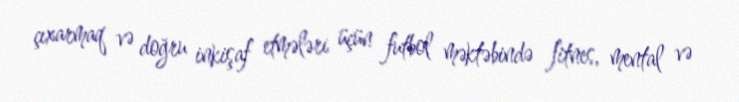
çıxarmaq və doğru inkişaf etmələri üçün futbol məktəbində fitnes, mental və